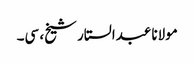
مولانا عبدالستار شیخ، سی۔